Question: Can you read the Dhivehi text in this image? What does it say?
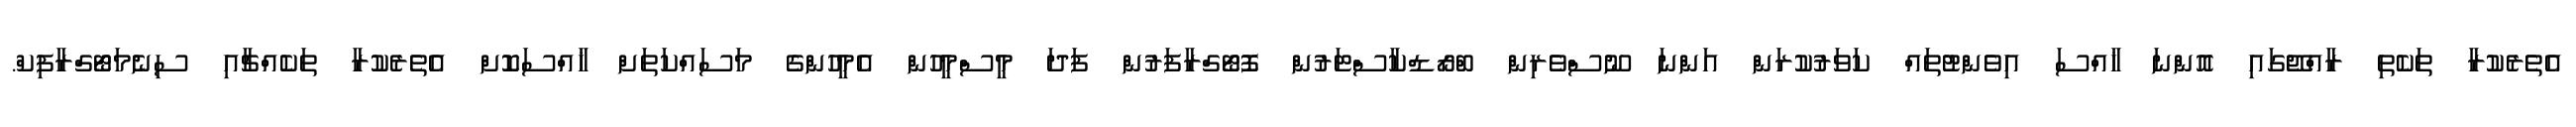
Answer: އެތެރެކުރާ ތަކެތި ރާއްޖޭގައި އޮންނަ ޚާއްސަ އިވެންޓުތައް ކަވަރުކުރަން އަންނަ ނޫސްވެރިން ބްރޯޑްކާސްޓަރުން ފޮޓޯގްރާފަރުން ފަދަ މީސްމީހުން އެމީހުންގެ މަސައްކަތަށް ޚާއްސަކޮށް އެތެރެކުރާ ތަކެއްޗާއި ސިނެމަޓޯގްރާފިކް.